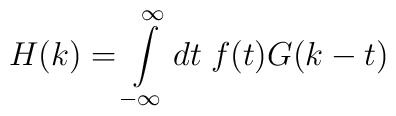
H(k)=\int\limits_{-\infty}^{\infty}dt\;f(t) G(k-t)